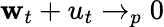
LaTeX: \mathbf{w}_{t}+u_{t}\to_{p}0